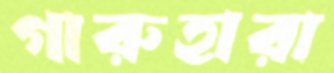
গারুহারা